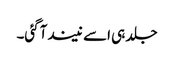
جلد ہی اسے نیند آگئی۔